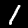
Label: 1